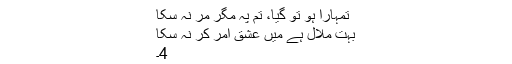
تمہارا ہو تو گیا، تم پہ مگر مر نہ سکا
بہت ملال ہے میں عشق امر کر نہ سکا
4۔